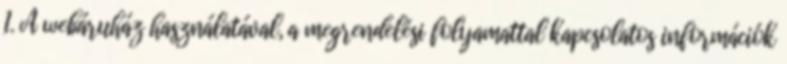
1. A webáruház használatával, a megrendelési folyamattal kapcsolatos információk